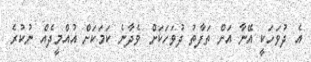
އެ ދުވަހަކީ އޭނާ އަށް ތަފާތު ދުވަހަކަށް ވެދާނެ ކަމަކަށް އުއްމީދެއް ނުކުރެ